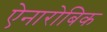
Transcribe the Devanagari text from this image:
ऐनारोबिक